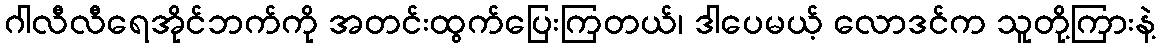
ဂါလီလီရေအိုင်ဘက်ကို အတင်းထွက်ပြေးကြတယ်၊ ဒါပေမယ့် လောဒင်က သူတို့ကြားနဲ့